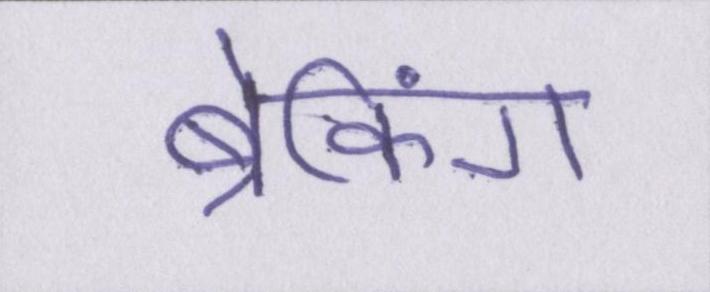
ब्रेकिंग